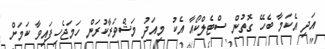
އަދި އެކަމާ ބެހޭ ގޮތުން ސްޓެލްކޯއާ އެކު މިއަދު މަޝްވަރާކުރަން ހަމަޖެހިފައިވާ ކަމަށް